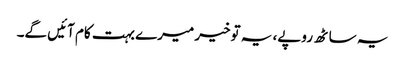
یہ ساٹھ روپے، یہ توخیر میرے بہت کام آئیں گے۔